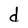
Character: d